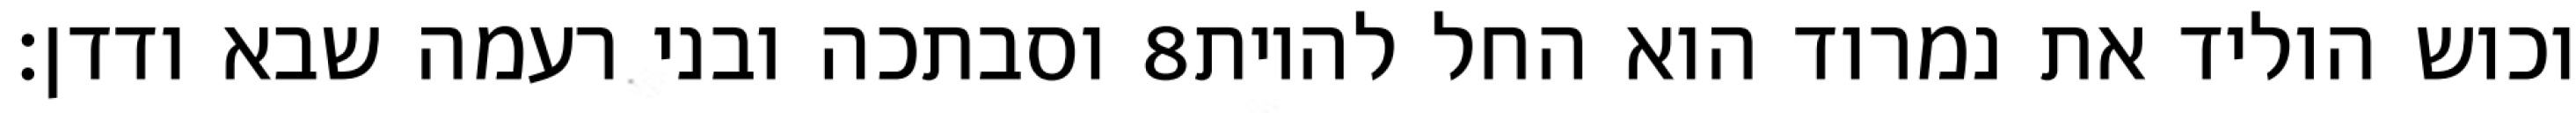
וסבתכה ובני רעמה שבא ודדן׃ ‎8‏ וכוש הוליד את נמרוד הוא החל להיות